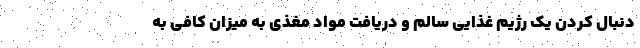
دنبال کردن یک رژیم غذایی سالم و دریافت مواد مغذی به میزان کافی به